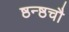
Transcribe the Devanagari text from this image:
ष्ठन्ष्ठचौ